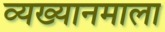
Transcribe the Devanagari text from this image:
व्यख्यानमाला